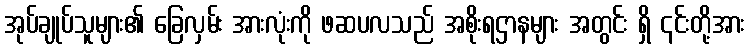
အုပ်ချုပ်သူများ၏ ခြေလှမ်း အားလုံးကို ဖဆပလသည် အစိုးရဌာနများ အတွင်း ရှိ ၎င်းတို့အား